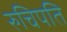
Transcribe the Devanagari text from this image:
रुचिपति